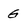
Character: G